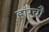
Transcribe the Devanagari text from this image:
हांग्चौ